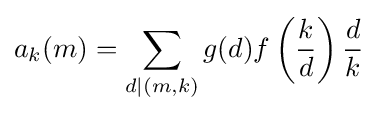
a_{k}(m)=\sum _{d\mid (m,k)}g(d)f\left({\frac {k}{d}}\right){\frac {d}{k}}